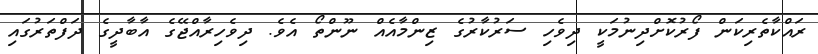
ރައްކާތެރިކަން ފޯރުކޮށްދިނުމަކީ ދިވެހި ސަރުކާރުގެ ޒިންމާއެއް ނޫންތޯ އެވެ. ދިވެހިރާއްޖޭގެ އާބާދީގެ ދަފްތަރުގައި